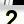
Digit: 2